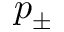
p _ { \pm }